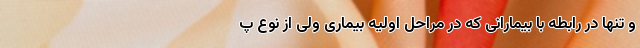
و تنها در رابطه با بیمارانی که در مراحل اولیه بیماری ولی از نوع پ